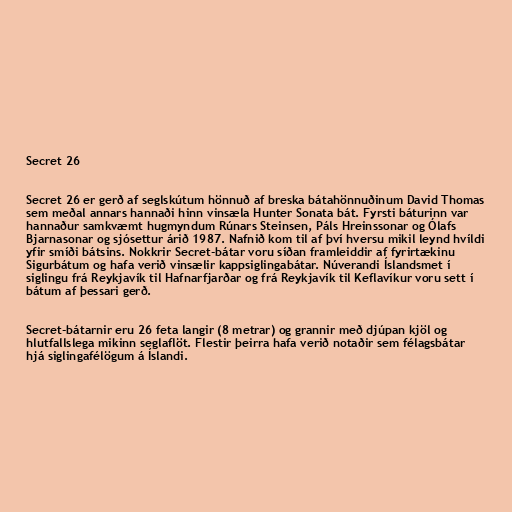
Secret 26

Secret 26 er gerð af seglskútum hönnuð af breska bátahönnuðinum David Thomas
sem meðal annars hannaði hinn vinsæla Hunter Sonata bát. Fyrsti báturinn var
hannaður samkvæmt hugmyndum Rúnars Steinsen, Páls Hreinssonar og Ólafs
Bjarnasonar og sjósettur árið 1987. Nafnið kom til af því hversu mikil leynd hvíldi
yfir smíði bátsins. Nokkrir Secret-bátar voru síðan framleiddir af fyrirtækinu
Sigurbátum og hafa verið vinsælir kappsiglingabátar. Núverandi Íslandsmet í
siglingu frá Reykjavík til Hafnarfjarðar og frá Reykjavík til Keflavíkur voru sett í
bátum af þessari gerð.

Secret-bátarnir eru 26 feta langir (8 metrar) og grannir með djúpan kjöl og
hlutfallslega mikinn seglaflöt. Flestir þeirra hafa verið notaðir sem félagsbátar
hjá siglingafélögum á Íslandi.